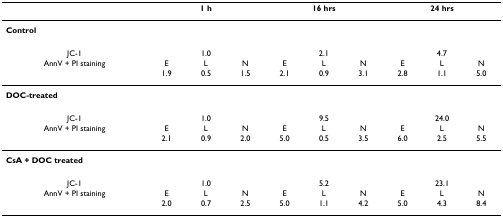
<table><thead><tr><td></td><td colspan="3"><b>1 h</b></td><td colspan="3"><b>16 hrs</b></td><td colspan="3"><b>24 hrs</b></td></tr></thead><tbody><tr><td colspan="10"><b>Control</b></td></tr><tr><td>JC-1</td><td colspan="3">1.0</td><td colspan="3">2.1</td><td colspan="3">4.7</td></tr><tr><td>AnnV + PI staining</td><td>E</td><td>L</td><td>N</td><td>E</td><td>L</td><td>N</td><td>E</td><td>L</td><td>N</td></tr><tr><td></td><td>1.9</td><td>0.5</td><td>1.5</td><td>2.1</td><td>0.9</td><td>3.1</td><td>2.8</td><td>1.1</td><td>5.0</td></tr><tr><td colspan="10"><b>DOC-treated</b></td></tr><tr><td>JC-1</td><td colspan="3">1.0</td><td colspan="3">9.5</td><td colspan="3">24.0</td></tr><tr><td>AnnV + PI staining</td><td>E</td><td>L</td><td>N</td><td>E</td><td>L</td><td>N</td><td>E</td><td>L</td><td>N</td></tr><tr><td></td><td>2.1</td><td>0.9</td><td>2.0</td><td>5.0</td><td>0.5</td><td>3.5</td><td>6.0</td><td>2.5</td><td>5.5</td></tr><tr><td colspan="10"><b>CsA + DOC treated</b></td></tr><tr><td>JC-1</td><td colspan="3">1.0</td><td colspan="3">5.2</td><td colspan="3">23.1</td></tr><tr><td>AnnV + PI staining</td><td>E</td><td>L</td><td>N</td><td>E</td><td>L</td><td>N</td><td>E</td><td>L</td><td>N</td></tr><tr><td></td><td>2.0</td><td>0.7</td><td>2.5</td><td>5.0</td><td>1.1</td><td>4.2</td><td>5.0</td><td>4.3</td><td>8.4</td></tr></tbody></table>